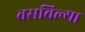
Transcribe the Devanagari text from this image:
वसविल्या